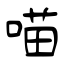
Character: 喵